Indian journal of veterinary science and animal husbandry - Volume 10,
Year: 1940
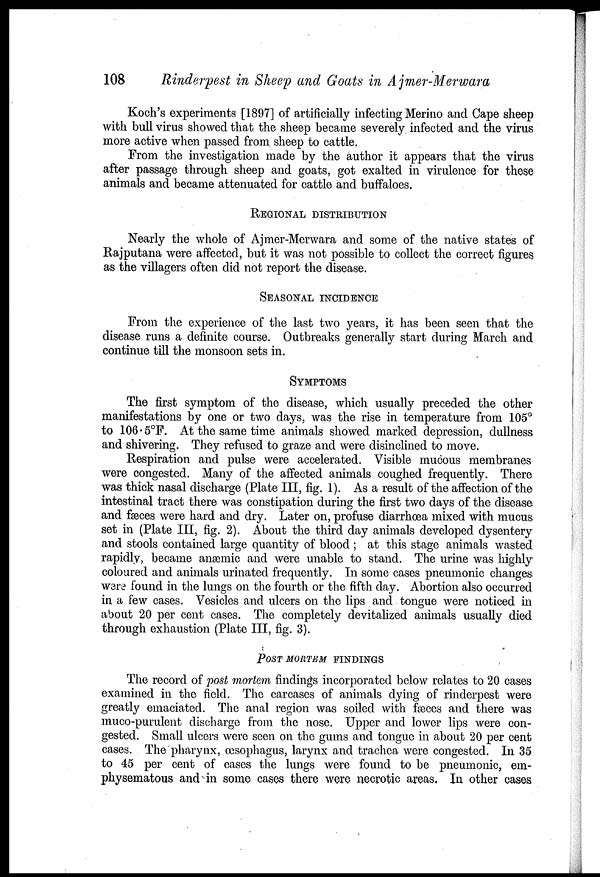
108
Rinderpest in Sheep and Goats in Ajmer-Merwara
Koch's experiments [1897] of artificially infecting Merino and Cape sheep
with bull virus showed that the sheep became severely infected and the virus
more active when passed from sheep to cattle.
From the investigation made by the author it appears that the virus
after passage through sheep and goats, got exalted in virulence for these
animals and became attenuated for cattle and buffaloes.
REGIONAL DISTRIBUTION
Nearly the whole of Ajmer-Merwara and some of the native states of
Rajputana were affected, but it was not possible to collect the correct figures
as the villagers often did not report the disease.
SEASONAL INCIDENCE
From the experience of the last two years, it has been seen that the
disease runs a definite course. Outbreaks generally start during March and
continue till the monsoon sets in.
SYMPTOMS
The first symptom of the disease, which usually preceded the other
manifestations by one or two days, was the rise in temperature from 105°
to 106.5°F. At the same time animals showed marked depression, dullness
and shivering. They refused to graze and were disinclined to move.
Respiration and pulse were accelerated. Visible mucous membranes
were congested. Many of the affected animals coughed frequently. There
was thick nasal discharge (Plate III, fig. 1). As a result of the affection of the
intestinal tract there was constipation during the first two days of the disease
and fæces were hard and dry. Later on, profuse diarrhœa mixed with mucus
set in (Plate III, fig. 2). About the third day animals developed dysentery
and stools contained large quantity of blood ; at this stage animals wasted
rapidly, became anæmic and were unable to stand. The urine was highly
coloured and animals urinated frequently. In some cases pneumonic changes
were found in the lungs on the fourth or the fifth day. Abortion also occurred
in a few cases. Vesicles and ulcers on the lips and tongue were noticed in
about 20 per cent cases. The completely devitalized animals usually died
through exhaustion (Plate III, fig. 3).
POST MORTEM FINDINGS
The record of post mortem findings incorporated below relates to 20 cases
examined in the field. The carcases of animals dying of rinderpest were
greatly emaciated. The anal region was soiled with fæces and there was
muco-purulent discharge from the nose. Upper and lower lips were con-
gested. Small ulcers were seen on the gums and tongue in about 20 per cent
cases. The pharynx, œsophagus, larynx and trachea were congested. In 35
to 45 per cent of cases the lungs were found to be pneumonic, em-
physematous and in some cases there were necrotic areas. In other cases